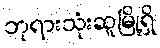
ဘုရားသုံးဆူမြို့ရှိ